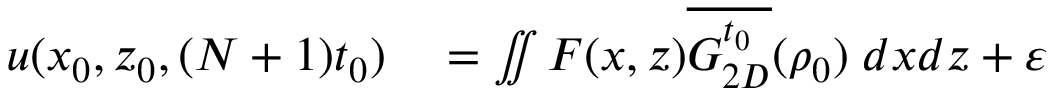
\begin{array} { r l } { u ( x _ { 0 } , z _ { 0 } , ( N + 1 ) t _ { 0 } ) } & { { } = \iint F ( x , z ) \overline { { G _ { 2 D } ^ { t _ { 0 } } } } ( \rho _ { 0 } ) \; d x d z + \varepsilon } \end{array}